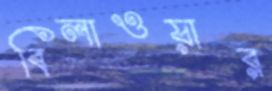
বিলাওয়ার